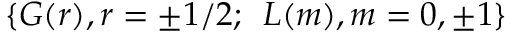
\{ G ( r ) , r = \pm 1 / 2 ; \, \, \, L ( m ) , m = 0 , \pm 1 \}